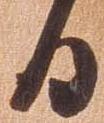
日